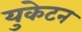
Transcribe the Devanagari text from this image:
युकेटन